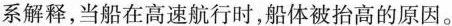
系解释，当船在高速航行时，船体被抬高的原因。